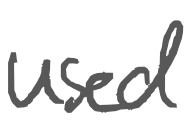
Text: used
Cross-out: clean
Writing tool: digital_gray